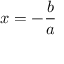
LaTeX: x = - { \frac { b } { a } }